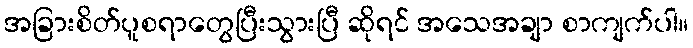
အခြားစိတ်ပူစရာတွေပြီးသွားပြီ ဆိုရင် အသေအချာ စာကျက်ပါ။